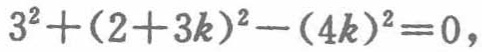
\(3^{2}+(2 + 3k)^{2}-(4k)^{2}=0\)